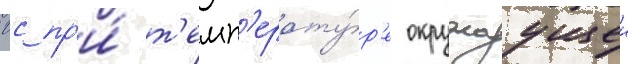
0с пр'и́ т'емп'ерату́р'е окружаущеи